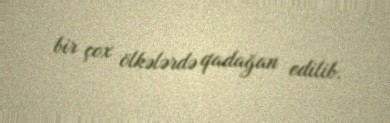
bir çox ölkələrdə qadağan edilib.